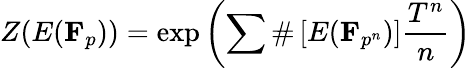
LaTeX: Z(E(\mathbf{F}_{p}))=\exp\left(\sum\# \left[E({\mathbf{F}}_{p^{n}})\right]{\frac{T^{n}}{n}}\right)